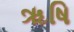
ૠષિ